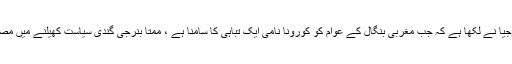
وجئے ورجیا نے لکھا ہے کہ جب مغربی بنگال کے عوام کو کورونا نامی ایک تباہی کا سامنا ہے ، ممتا بنرجی گندی سیاست کھیلنے میں مصروف ہیں۔